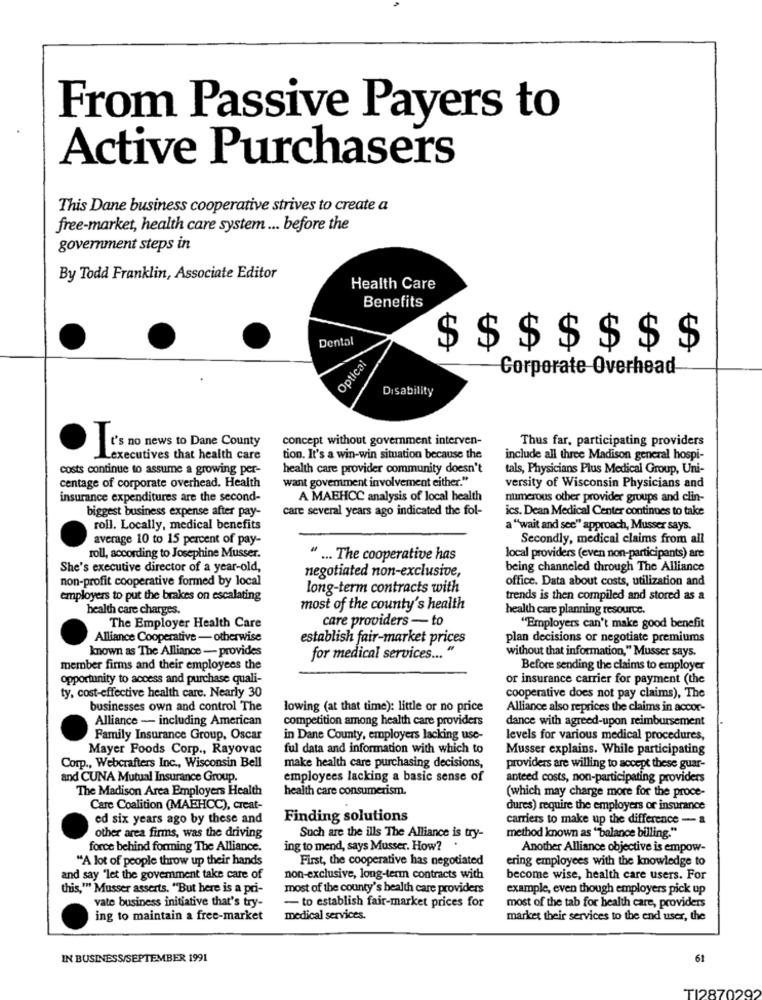
From Passive Payers to
Active Purchasers
This Dane business cooperative strives to create a
free-market, health care system ... before the
government steps in
By Todd Franklin, Associate Editor
Health Care
Benefits
Dental
$ $ $$$$$
Optical
Corporate Overhead
Disability
concept without government interven-
Thus far, participating providers
It's no news to Dane County
Lexecutives that health care
tion. It's a win-win situation because the
include all three Madison general hospi-
costs continue to assume a growing per-
health care provider community doesn't
tals, Physicians Plus Medical Group, Uni-
centage of corporate overhead. Health
want govemment involvement either."
versity of Wisconsin Physicians and
insurance expenditures are the second-
A MAEHCC analysis of local health
numerous other provider groups and clin-
biggest business expense after pay-
care several years ago indicated the fol-
ics. Dean Medical Center continues to take
roll. Locally, medical benefits
a "wait and see" approach, Musser says.
average 10 to 15 percent of pay-
Secondly, medical claims from all
roll, according to Josephine Musser.
" ... The cooperative has
local providers (even non-participants) are
She's executive director of a year-old,
negotiated non-exclusive,
being channeled through The Alliance
non-profit cooperative formed by local
office. Data about costs, utilization and
long-term contracts with
employers to put the brakes on escalating
trends is then compiled and stored as a
health care charges.
most of the county's health
health care planning resource.
care providers - to
The Employer Health Care
"Employers can't make good benefit
Alliance Cooperative - otherwise
establish fair-market prices
plan decisions or negotiate premiums
known as The Alliance - provides
without that information," Musser says.
for medical services ... "
member firms and their employees the
Before sending the claims to employer
opportunity to access and purchase quali-
or insurance carrier for payment (the
ty, cost-effective health care. Nearly 30
cooperative does not pay claims), The
businesses own and control The
lowing (at that time): little or no price
Alliance also reprices the claims in accor-
Alliance - including American
competition among health care providers
dance with agreed-upon reimbursement
Family Insurance Group, Oscar
in Dane County, employers lacking use-
levels for various medical procedures,
Mayer Foods Corp ., Rayovac
ful data and information with which to
Musser explains. While participating
Corp ., Webcrafters Inc ., Wisconsin Bell
make health care purchasing decisions,
providers are willing to accept these guar-
and CUNA Mutual Insurance Group.
employees lacking a basic sense of
anteed costs, non-participating providers
The Madison Area Employers Health
health care consumerism.
(which may charge more for the proce-
Care Coalition (MAEHCC), creat-
dures) require the employers or insurance
ed six years ago by these and
Finding solutions
carriers to make up the difference - a
other area firms, was the driving
Such are the ills The Alliance is try-
method known as ""balance billing."
force behind forming The Alliance.
ing to mend, says Musser. How? .
Another Alliance objective is empow-
"A lot of people throw up their hands
First, the cooperative has negotiated
ering employees with the knowledge to
and say "let the goverment take care of
non-exclusive, long-term contracts with
become wise, health care users. For
this,"" Musser asserts. "But here is a pri-
most of the county's health care providers
example, even though employers pick up
vate business initiative that's try-
- to establish fair-market prices for
most of the tab for health care, providers
ing to maintain a free-market
medical services.
market their services to the end user, the
IN BUSINESS/SEPTEMBER 1991
61
TI28702